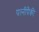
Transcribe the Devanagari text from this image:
पत्‍नींपैकी